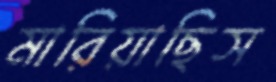
মারিয়াছিস